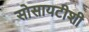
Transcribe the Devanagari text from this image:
सोसायटीशी